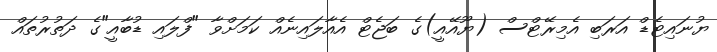
ޔުނައިޓެޑް އަރަބި އެމިރޭޓްސް (ޔޫއޭއީ)ގެ ބަޖެޓް އެއާލައިނެއް ކަމަށްވާ "ފްލައި ޑުބާއީ"ގެ ދަތުރުތައް